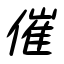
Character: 催